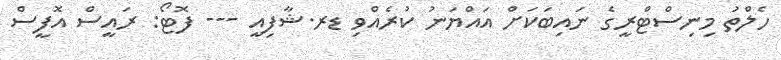
ހެލްތު މިނިސްޓްރީގެ ނައިބަކަށް އައްޔަނު ކުރެއްވި ޑރ.ޝާފިއީ --- ފޮޓޯ: ރައީސް އޮފީސް